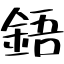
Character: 鋙